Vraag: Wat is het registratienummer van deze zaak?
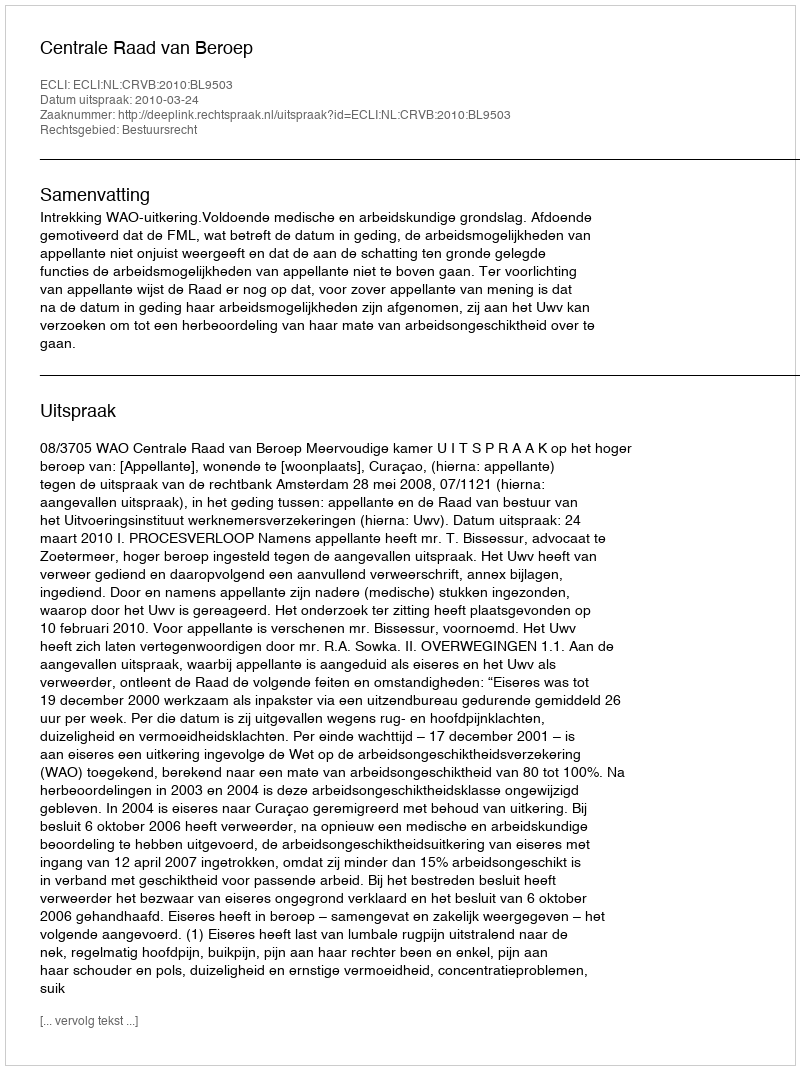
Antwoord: http://deeplink.rechtspraak.nl/uitspraak?id=ECLI:NL:CRVB:2010:BL9503